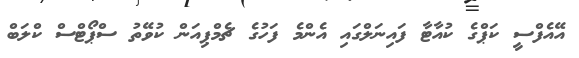
އޭއެފްސީ ކަޕްގެ ކުއާޓާ ފައިނަލްގައި އެންމެ ފަހުގެ ޗެމްޕިއަން ކުވޭތު ސްޕޯޓްސް ކްލަބް